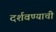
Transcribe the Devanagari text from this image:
दर्शवण्याची